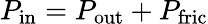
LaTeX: P_{\mathrm{in}}=P_{\mathrm{out}}+P_{\mathrm{fric}}